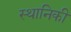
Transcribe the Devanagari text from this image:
स्थानिकी